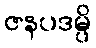
ဇနပဒမ္ပိ